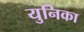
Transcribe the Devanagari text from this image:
युनिका